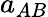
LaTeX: a_{AB}